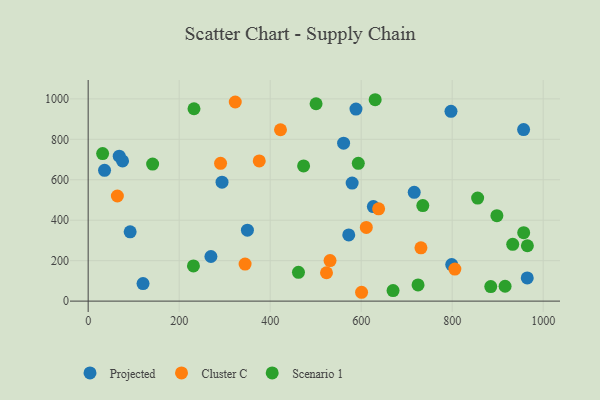
{"axis": {"x": "Speed", "y": "Salary"}, "legend": ["Cluster C", "Projected", "Scenario 1"], "data": [{"x": "561.4", "y": 781.0, "type": "Projected"}, {"x": "580.2", "y": 583.9, "type": "Projected"}, {"x": "120.6", "y": 86.8, "type": "Projected"}, {"x": "957.0", "y": 848.1, "type": "Projected"}, {"x": "68.3", "y": 716.7, "type": "Projected"}, {"x": "965.0", "y": 114.8, "type": "Projected"}, {"x": "799.0", "y": 180.6, "type": "Projected"}, {"x": "269.8", "y": 220.5, "type": "Projected"}, {"x": "626.8", "y": 467.6, "type": "Projected"}, {"x": "716.6", "y": 538.1, "type": "Projected"}, {"x": "588.6", "y": 949.8, "type": "Projected"}, {"x": "572.7", "y": 327.3, "type": "Projected"}, {"x": "75.6", "y": 693.4, "type": "Projected"}, {"x": "797.4", "y": 938.5, "type": "Projected"}, {"x": "350.0", "y": 350.7, "type": "Projected"}, {"x": "92.3", "y": 342.5, "type": "Projected"}, {"x": "36.0", "y": 646.8, "type": "Projected"}, {"x": "294.2", "y": 588.0, "type": "Projected"}, {"x": "344.9", "y": 183.3, "type": "Cluster C"}, {"x": "600.9", "y": 43.7, "type": "Cluster C"}, {"x": "638.4", "y": 456.5, "type": "Cluster C"}, {"x": "731.4", "y": 263.7, "type": "Cluster C"}, {"x": "611.3", "y": 364.2, "type": "Cluster C"}, {"x": "323.3", "y": 984.6, "type": "Cluster C"}, {"x": "64.2", "y": 519.7, "type": "Cluster C"}, {"x": "291.0", "y": 681.3, "type": "Cluster C"}, {"x": "376.0", "y": 693.3, "type": "Cluster C"}, {"x": "422.7", "y": 847.3, "type": "Cluster C"}, {"x": "531.6", "y": 200.6, "type": "Cluster C"}, {"x": "523.8", "y": 140.3, "type": "Cluster C"}, {"x": "805.9", "y": 158.3, "type": "Cluster C"}, {"x": "473.5", "y": 668.5, "type": "Scenario 1"}, {"x": "630.8", "y": 995.8, "type": "Scenario 1"}, {"x": "232.6", "y": 951.1, "type": "Scenario 1"}, {"x": "898.3", "y": 422.4, "type": "Scenario 1"}, {"x": "735.5", "y": 472.4, "type": "Scenario 1"}, {"x": "500.9", "y": 975.9, "type": "Scenario 1"}, {"x": "916.3", "y": 73.6, "type": "Scenario 1"}, {"x": "933.1", "y": 280.7, "type": "Scenario 1"}, {"x": "957.2", "y": 338.6, "type": "Scenario 1"}, {"x": "965.3", "y": 273.8, "type": "Scenario 1"}, {"x": "462.2", "y": 142.3, "type": "Scenario 1"}, {"x": "593.7", "y": 681.4, "type": "Scenario 1"}, {"x": "856.0", "y": 509.5, "type": "Scenario 1"}, {"x": "231.4", "y": 174.1, "type": "Scenario 1"}, {"x": "670.1", "y": 52.3, "type": "Scenario 1"}, {"x": "31.8", "y": 729.5, "type": "Scenario 1"}, {"x": "884.8", "y": 71.8, "type": "Scenario 1"}, {"x": "725.0", "y": 80.2, "type": "Scenario 1"}, {"x": "141.7", "y": 677.6, "type": "Scenario 1"}]}